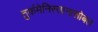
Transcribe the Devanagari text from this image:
तुर्कमेनिस्तानासोबत